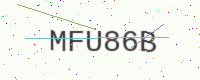
Text: MFU86B